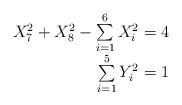
LaTeX: \begin{align*}\begin{array}{r}X_7^2+X_8^2-\sum\limits_{i=1}^6 X_i^2=4\\\sum\limits_{i=1}^5 Y_i^2=1\end{array}\end{align*}